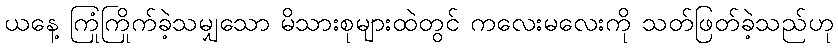
ယနေ့ ကြုံကြိုက်ခဲ့သမျှသော မိသားစုများထဲတွင် ကလေးမလေးကို သတ်ဖြတ်ခဲ့သည်ဟု